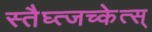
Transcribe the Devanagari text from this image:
स्तैघ्त्जच्केत्स्